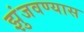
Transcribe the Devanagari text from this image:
झुंजवण्यास